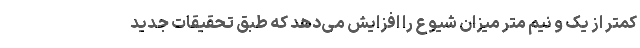
کمتر از یک و نیم متر میزان شیوع را افزایش می‌دهد که طبق تحقیقات جدید